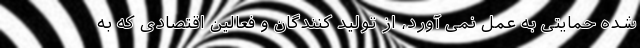
شده حمایتی به عمل نمی آورد، از تولید کنندگان و فعالین اقتصادی که به